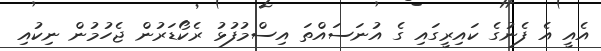
އެއީ އެ ފެނުގެ ކައިރީގައި ގެ އުނަސައްތަ އިސްމުފުޅު ރެކޯޑަރުން ޖެހުމުން ނިކުއި